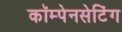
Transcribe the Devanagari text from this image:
कॉम्पेनसेटिंग